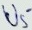
Text: U5-